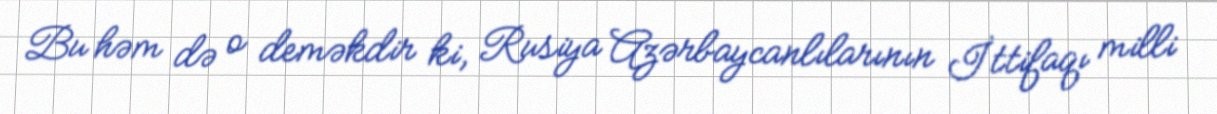
Bu həm də o deməkdir ki, Rusiya Azərbaycanlılarının İttifaqı milli